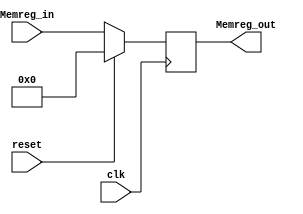
`timescale 1ns / 1ps
//////////////////////////////////////////////////////////////////////////////////
// Company: 
// Engineer: 
// 
// Design Name: 
// Module Name:    Memory_data_reg 
// Project Name: 
// Target Devices: 
// Tool versions: 
// Description: 
//
// Dependencies: 
//
// Revision: 
// Revision 0.01 - File Created
// Additional Comments: 
//
//////////////////////////////////////////////////////////////////////////////////
module Memory_data_reg(Memreg_out,Memreg_in,clk,reset);
input [31:0]Memreg_in;
input clk,reset;
output [31:0]Memreg_out;

reg [31:0]Memregister;

assign Memreg_out= Memregister;

always@(posedge clk) // runs the clock.
		begin
			if (reset)
				begin 
					Memregister <= 32'b0;
				end
			else
				Memregister <= Memreg_in;
			end


endmodule